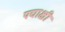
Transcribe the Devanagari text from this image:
पद्याक्षी